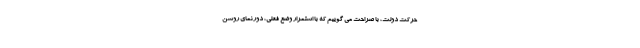
حرکت دولت، با صراحت می گوییم که با استمرار وضع فعلی، دورنمای روشن